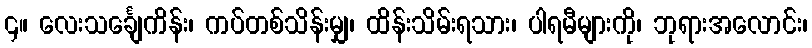
၄။ လေးသင်္ချေကိန်း၊ ကပ်တစ်သိန်းမျှ၊ ထိန်းသိမ်းရသား၊ ပါရမီများကို၊ ဘုရားအလောင်း၊